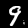
Digit: 9